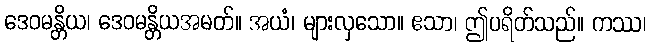
ဒေဝမန္တိယ၊ ဒေဝမန္တိယအမတ်။ အယံ၊ များလှသော။ ဧသာ၊ ဤပရိတ်သည်။ ကဿ၊